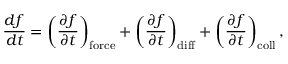
{ \frac { d f } { d t } } = \left( { \frac { \partial f } { \partial t } } \right) _ { \mathrm { f o r c e } } + \left( { \frac { \partial f } { \partial t } } \right) _ { \mathrm { d i f f } } + \left( { \frac { \partial f } { \partial t } } \right) _ { \mathrm { c o l l } } ,